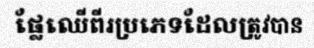
ផ្លែឈើពីរប្រភេទដែលត្រូវបាន